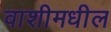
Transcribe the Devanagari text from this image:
वाशीमधील